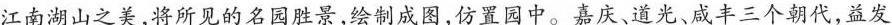
江南湖山之美，将所见的名园胜景，绘制成图，仿置园中。嘉庆、道光、咸丰三个朝代，益发